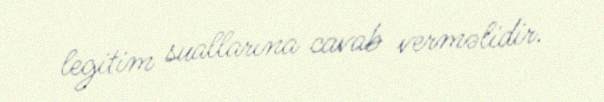
legitim suallarına cavab verməlidir.